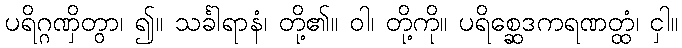
ပရိဂ္ဂဏှိတွာ၊ ၍။ သင်္ခါရာနံ၊ တို့၏။ ဝါ၊ တို့ကို။ ပရိစ္ဆေဒကရဏတ္ထံ၊ ငှါ။